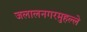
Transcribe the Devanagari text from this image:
जलालनगरमुहल्ले